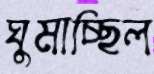
ঘুমাচ্ছিল